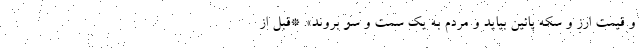
و قیمت ارز و سکه پائین بیاید و مردم به یک سمت و سو بروند». *قبل از